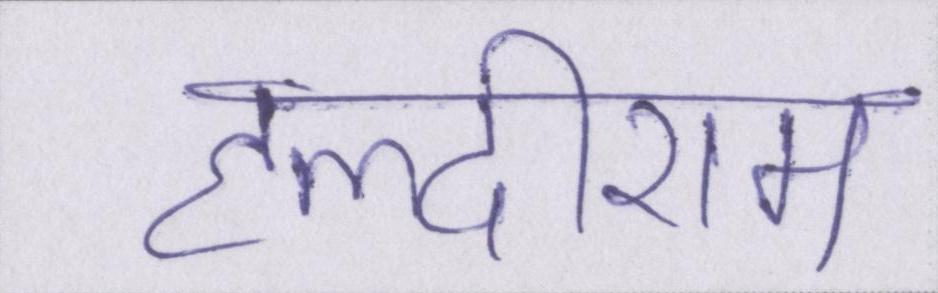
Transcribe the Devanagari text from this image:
हल्दीराम